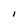
Character: 1